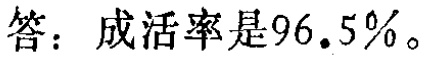
答：成活率是\(96.5\%\)。